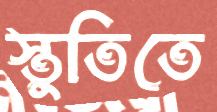
স্তুতিতে